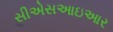
સીએસઆઇઆર